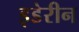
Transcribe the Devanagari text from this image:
इडेरीन